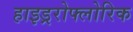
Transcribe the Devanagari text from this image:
हाइड्ररोफ्लोरिक